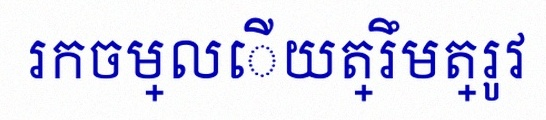
រកចម្លើយត្រឹមត្រូវ